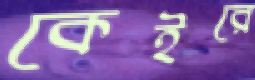
কেইরে